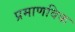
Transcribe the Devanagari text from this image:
प्रमाणविक